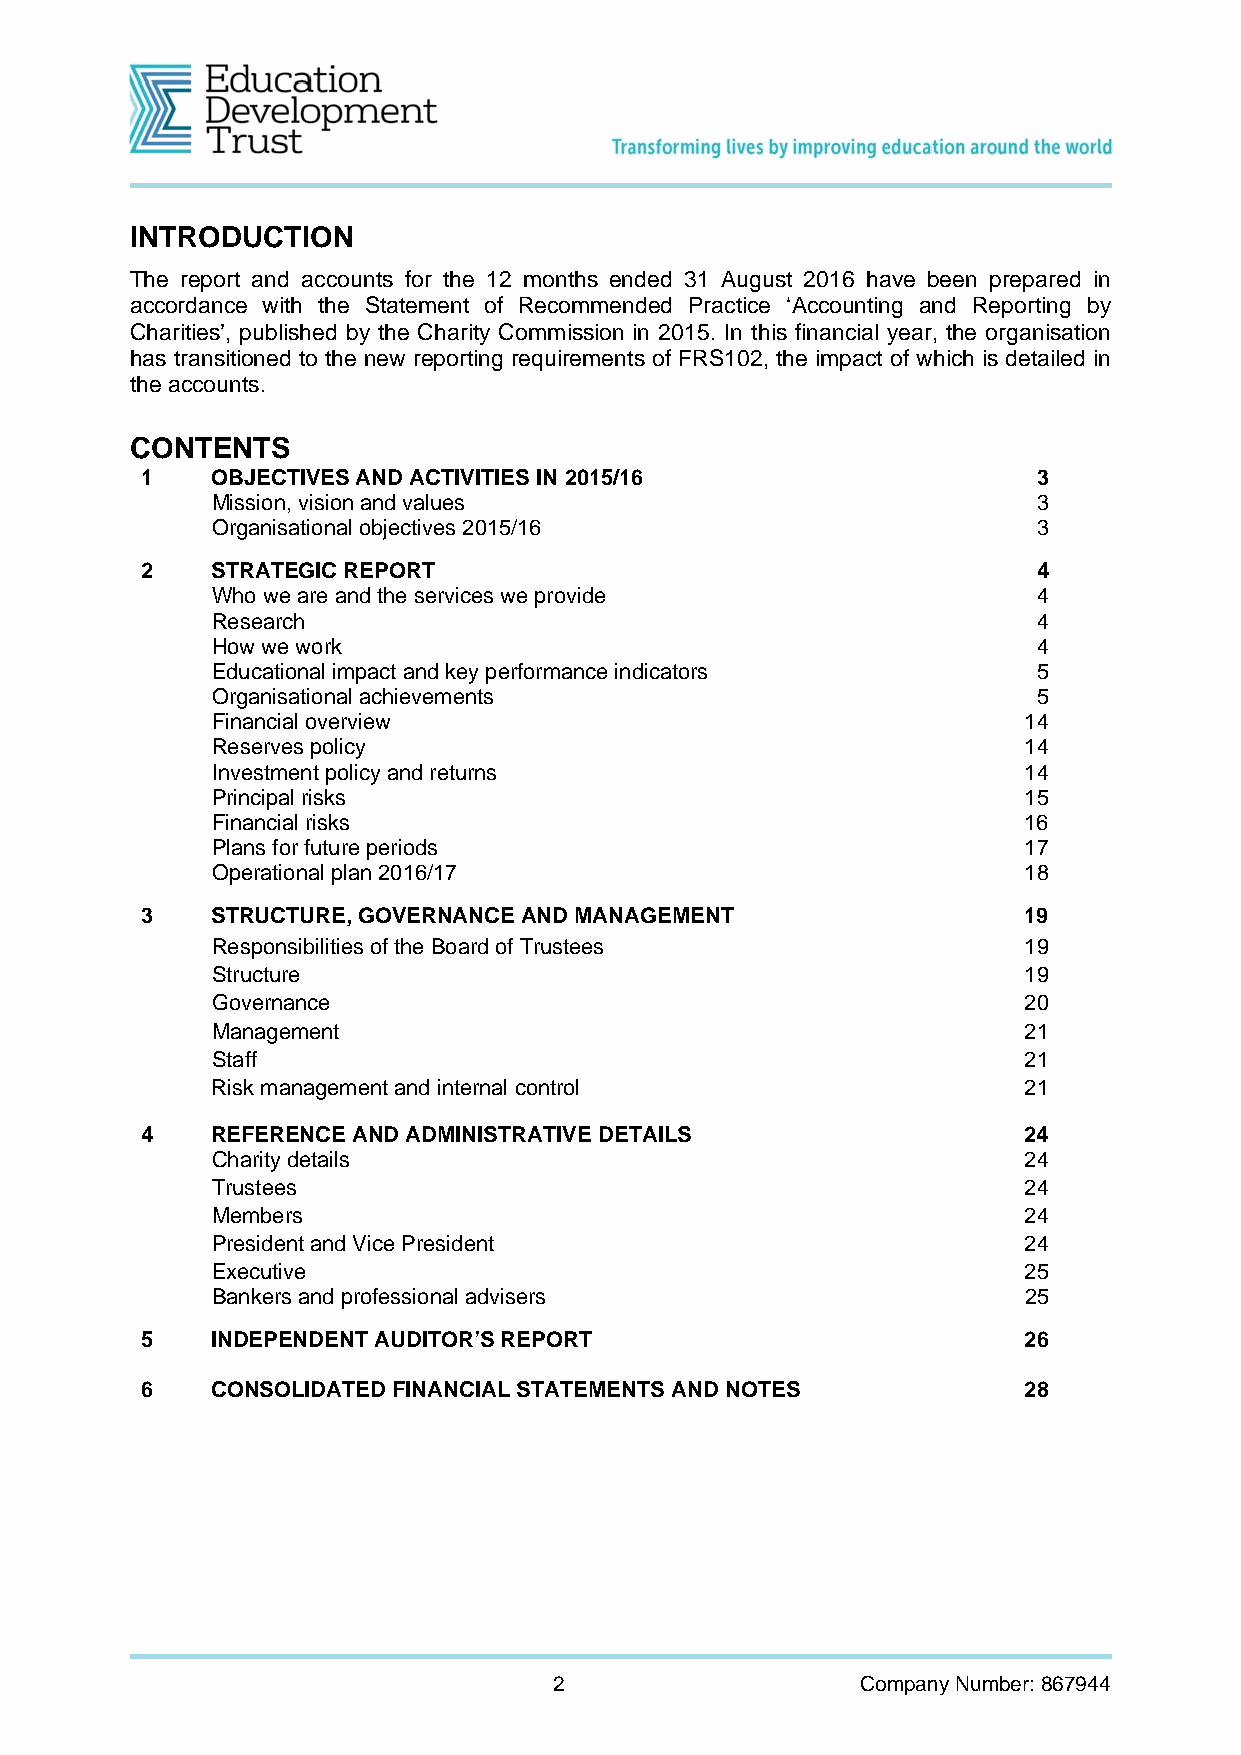
INTRODUCTION
 The report and accounts for the 12 months ended 31 August 2016 have been prepared in
 accordance with the Statement of Recommended Practice ‘Accounting and Reporting by
 Charities’, published by the Charity Commission in 2015. In this financial year, the organisation
 has transitioned to the new reporting requirements of FRS102, the impact of which is detailed in
 the accounts.
 CONTENTS
 1    OBJECTIVES AND ACTIVITIES IN 2015/16                   3
 Mission, vision and values                             3
 Organisational objectives 2015/16                      3
 2    STRATEGIC REPORT                                       4
 Who we are and the services we provide                 4
 Research                                               4
 How we work                                            4
 Educational impact and key performance indicators      5
 Organisational achievements                            5
 Financial overview                                    14
 Reserves policy                                       14
 Investment policy and returns                         14
 Principal risks                                       15
 Financial risks                                       16
 Plans for future periods                              17
 Operational plan 2016/17                              18
 3    STRUCTURE, GOVERNANCE AND MANAGEMENT                  19
 Responsibilities of the Board of Trustees             19
 Structure                                             19
 Governance                                            20
 Management                                            21
 Staff                                                 21
 Risk management and internal control                  21
 4    REFERENCE AND ADMINISTRATIVE DETAILS                  24
 Charity details                                       24
 Trustees                                              24
 Members                                               24
 President and Vice President                          24
 Executive                                             25
 Bankers and professional advisers                     25
 5    INDEPENDENT AUDITOR’S REPORT                          26
 6    CONSOLIDATED FINANCIAL STATEMENTS AND NOTES           28
 2                   Company Number: 867944